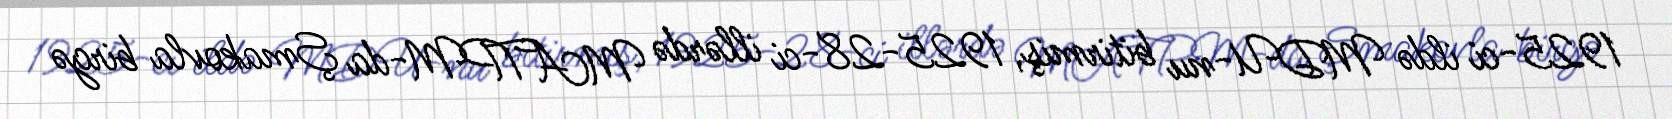
1925‐ci ildə MDU‐nu bitirmiş, 1925‐28‐ci illərdə MATPM‐da Şmakovla birgə